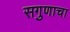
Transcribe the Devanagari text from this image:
सगुणाचा